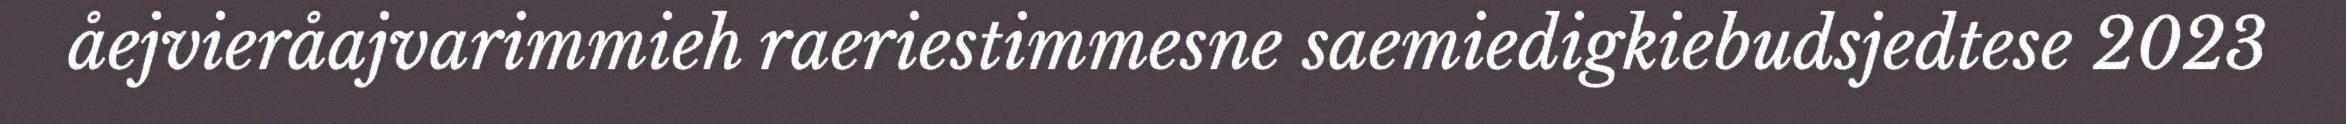
åejvieråajvarimmieh raeriestimmesne saemiedigkiebudsjedtese 2023